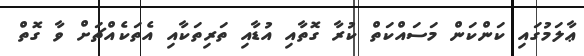
ޢާލަމުގައި ކަންކަން މަސައްކަތް ކުރާ ގޮތާއި އުުޑާއި ތަރިތަކާއި އެތަކެއްޗަށް ވާ ގޮތް